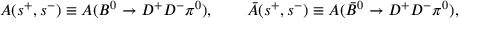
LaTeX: { \cal A } ( s ^ { + } , s ^ { - } ) \equiv A ( B ^ { 0 } \to D ^ { + } D ^ { - } \pi ^ { 0 } ) , \qquad { \bar { \cal A } } ( s ^ { + } , s ^ { - } ) \equiv A ( \bar { B } ^ { 0 } \to D ^ { + } D ^ { - } \pi ^ { 0 } ) ,